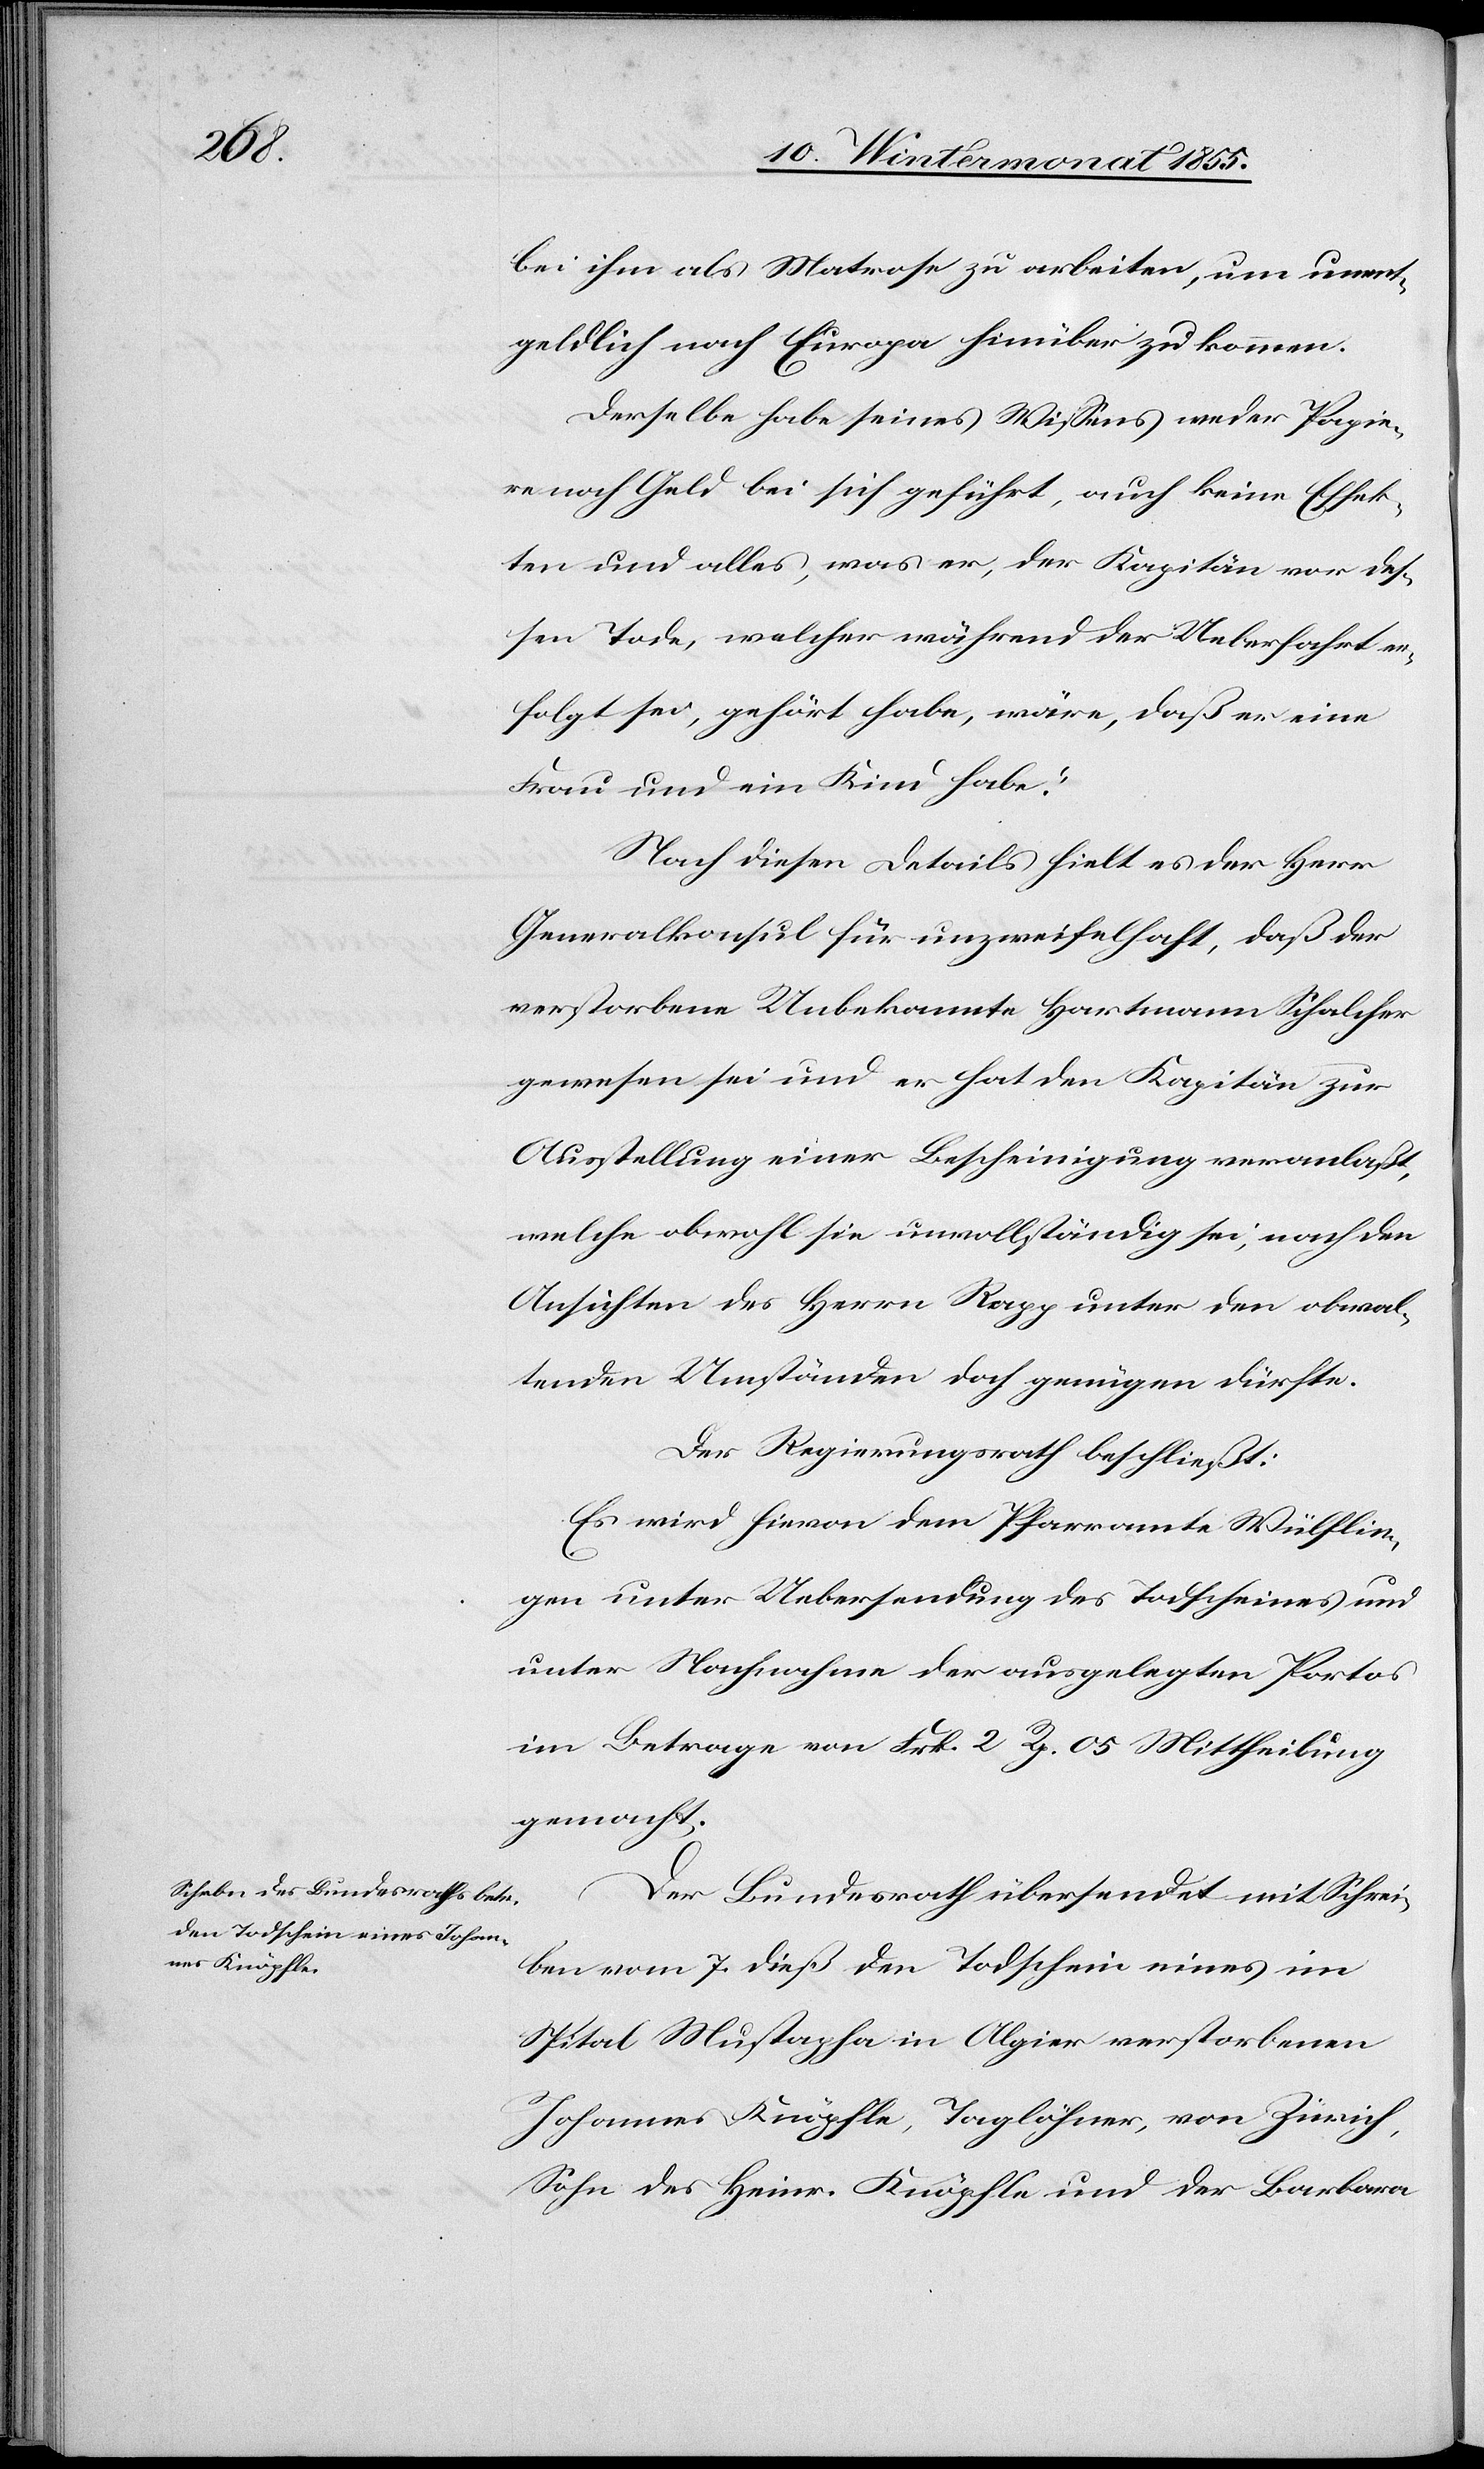
bei ihm als Matrose zu arbeiten, um unent¬
geldlich nach Europa hinüber zu kommen.
Derselbe habe seines Wissens weder Papie¬
re noch Geld bei sich geführt, auch keine Effek¬
ten und alles, was er, der Kapitän vor des¬
sen Tode, welcher während der Ueberfahrt er¬
folgt sei, gehört habe, wäre, daß er eine
Frau und ein Kind habe.“
Nach diesen Details hielt es der Herr
Generalkonsul für unzweifelhaft, daß der
verstorbene Unbekannte Hartmann Schalcher
gewesen sei und er hat den Kapitän zur
Ausstellung einer Bescheinigung veranlaßt,
welche obwohl sie unvollständig sei, nach den
Ansichten des Herrn Rapp unter den obwal¬
tenden Umständen doch genügen dürfte.
Der Regierungsrath beschließt:
Es wird hievon dem Pfarramte Wülflin¬
gen unter Uebersendung des Todscheines und
unter Nachnahme der ausgelegten Portos
im Betrage von Frk. 2 Rp. 05 Mittheilung
gemacht.
Der Bundesrath übersendet mit Schrei¬
ben vom 7. dieß den Todschein eines im
Spital Mustapha in Algier verstorbenen
Johannes Knöpfle, Taglöhner, von Zürich,
Sohn des Heinr. Knöpfle und der Barbara